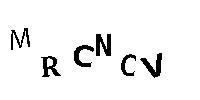
MRCNCV